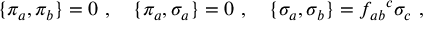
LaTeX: \{ \pi _ { a } , \pi _ { b } \} = 0 \ , \ \ \ \{ \pi _ { a } , \sigma _ { a } \} = 0 \ , \ \ \ \{ \sigma _ { a } , \sigma _ { b } \} = f _ { a b } { } ^ { c } \sigma _ { c } \ ,